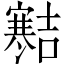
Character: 𪧱